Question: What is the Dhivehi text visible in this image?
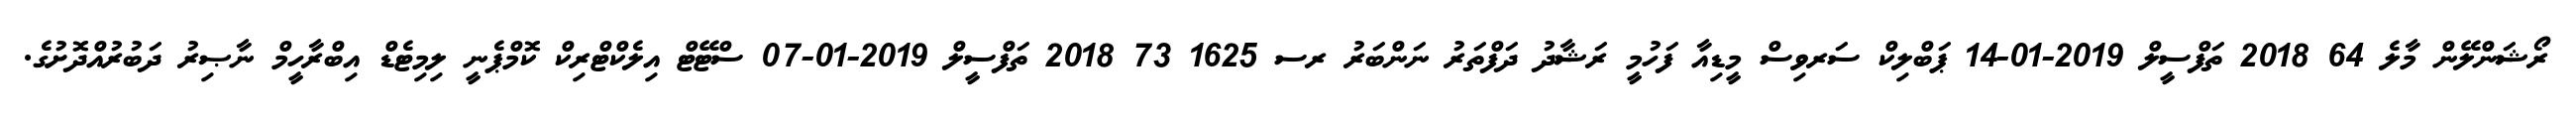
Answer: ރޯޝަންލޭން މާލެ 64 2018 ތަފްސީލް 2019-01-14 ޕަބްލިކް ސަރވިސް މީޑިއާ ފަހުމީ ރަޝާދު ދަފްތަރު ނަންބަރު ރސ 1625 73 2018 ތަފްސީލް 2019-01-07 ސްޓޭޓް އިލެކްޓްރިކް ކޮމްޕެނީ ލިމިޓެޑް އިބްރާހީމް ނާޞިރު ދަބުރުއްދޮށުގެ.